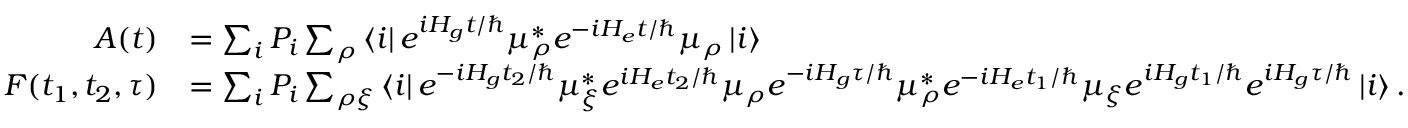
\begin{array} { r l } { A ( t ) } & { = \sum _ { i } P _ { i } \sum _ { \rho } \left\langle i \right\rvert e ^ { i H _ { g } t / \hbar } \mu _ { \rho } ^ { * } e ^ { - i H _ { e } t / \hbar } \mu _ { \rho } \left\lvert i \right\rangle } \\ { F ( t _ { 1 } , t _ { 2 } , \tau ) } & { = \sum _ { i } P _ { i } \sum _ { \rho \xi } \left\langle i \right\rvert e ^ { - i H _ { g } t _ { 2 } / \hbar } \mu _ { \xi } ^ { * } e ^ { i H _ { e } t _ { 2 } / \hbar } \mu _ { \rho } e ^ { - i H _ { g } \tau / \hbar } \mu _ { \rho } ^ { * } e ^ { - i H _ { e } t _ { 1 } / \hbar } \mu _ { \xi } e ^ { i H _ { g } t _ { 1 } / \hbar } e ^ { i H _ { g } \tau / \hbar } \left\lvert i \right\rangle . } \end{array}